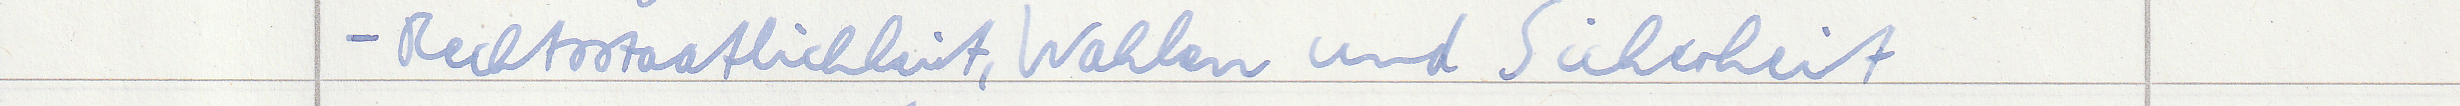
- Rechtsstaatlichkeit, Wahlen und Sicherheit